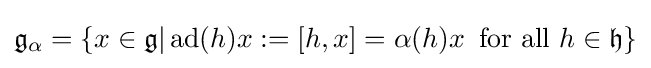
{\mathfrak {g}}_{\alpha }=\{x\in {\mathfrak {g}}|\operatorname {ad} (h)x:=[h,x]=\alpha (h)x\,{\text{ for all }}h\in {\mathfrak {h}}\}